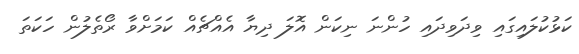
ކަޅުކުލައިގައި ވިދަވިދައި ހުންނަ ނިކަން އޮލަ ދިޔާ އެއްޗެއް ކަމަށްވާ ރޯތެލުން ހަކަތަ